Insane asylums in Bengal annual reports 1876-1887 - 1876-1887
Year: 1876
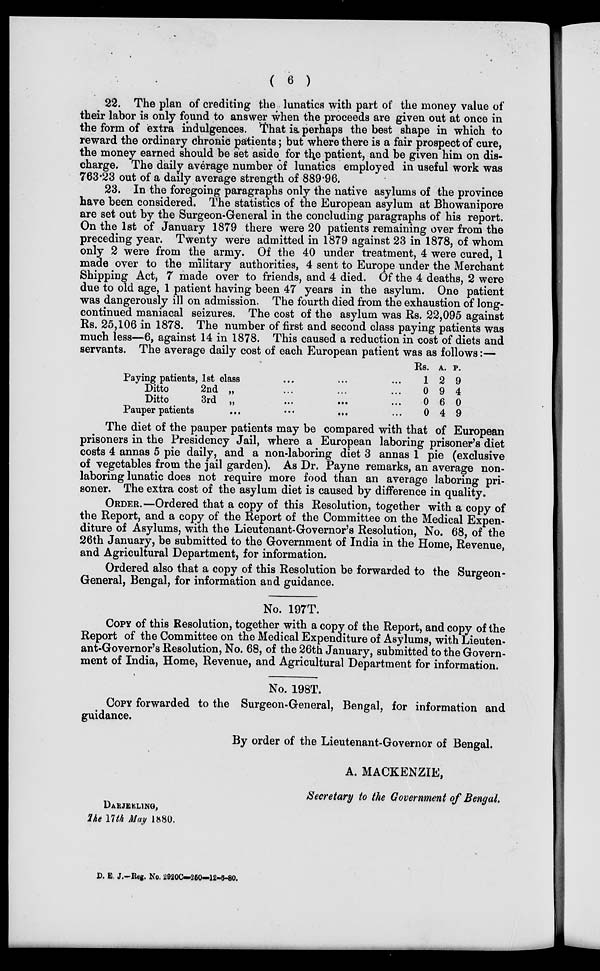
( 6 )
22. The plan of crediting the lunatics with part of the money value of
their labor is only found to answer when the proceeds are given out at once in
the form of extra indulgences. That is perhaps the best shape in which to
reward the ordinary chronic patients; but where there is a fair prospect of cure,
the money earned should be set aside for the patient, and be given him on dis-
charge. The daily average number of lunatics employed in useful work was
763.23 out of a daily average strength of 889.96.
23. In the foregoing paragraphs only the native asylums of the province
have been considered. The statistics of the European asylum at Bhowanipore
are set out by the Surgeon-General in the concluding paragraphs of his report.
On the 1st of January 1879 there were 20 patients remaining over from the
preceding year. Twenty were admitted in 1879 against 23 in 1878, of whom
only 2 were from the army. Of the 40 under treatment, 4 were cured, 1
made over to the military authorities, 4 sent to Europe under the Merchant
Shipping Act, 7 made over to friends, and 4 died. Of the 4 deaths, 2 were
due to old age, 1 patient having been 47 years in the asylum. One patient
was dangerously ill on admission. The fourth died from the exhaustion of long-
continued maniacal seizures. The cost of the asylum was Rs. 22,095 against
Rs. 25,106 in 1878. The number of first and second class paying patients was
much less—6, against 14 in 1878. This caused a reduction in cost of diets and
servants. The average daily cost of each European patient was as follows:—
Paying patients, 1st class ... ... ...
Ditto
2nd „ ... ... ...
Ditto
3rd „ ... ... ...
Pauper patients ... ... ... ...
Rs.
1
0
0
0
A.
2
9
6
4
P.
9
4
0
9
The diet of the pauper patients may be compared with that of European
prisoners in the Presidency Jail, where a European laboring prisoner's diet
costs 4 annas 5 pie daily, and a non-laboring diet 3 annas 1 pie (exclusive
of vegetables from the jail garden). As Dr. Payne remarks, an average non-
laboring lunatic does not require more food than an average laboring pri-
soner. The extra cost of the asylum diet is caused by difference in quality.
ORDER.—Ordered that a copy of this Resolution, together with a copy of
the Report, and a copy of the Report of the Committee on the Medical Expen-
diture of Asylums, with the Lieutenant-Governor's Resolution, No. 68, of the
26th January, be submitted to the Government of India in the Home, Revenue,
and Agricultural Department, for information.
Ordered also that a copy of this Resolution be forwarded to the Surgeon-
General, Bengal, for information and guidance.
No. 197T.
COPY of this Resolution, together with a copy of the Report, and copy of the
Report of the Committee on the Medical Expenditure of Asylums, with Lieuten-
ant-Governor's Resolution, No. 68, of the 26th January, submitted to the Govern-
ment of India, Home, Revenue, and Agricultural Department for information.
No. 198T.
COPY forwarded to the Surgeon-General, Bengal, for information and
guidance.
By order of the Lieutenant-Governor of Bengal.
A. MACKENZIE,
Secretary to the Government of Bengal.
DARJEELING,
The 17th May 1880.
D. E. J.-Reg. No. 2920C—250—12-6-80.